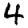
Digit: 4